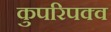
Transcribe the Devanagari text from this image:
कुपरिपक्व